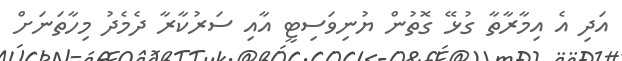
އަދި އެ އިމާރާތާ ގުޅޭ ގޮތުން ޔުނިވަސިޓީ އާއި ސަރުކާރާ ދެމެދު މިހާތަނަށް